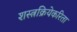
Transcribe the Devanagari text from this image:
शस्त्रक्रियेकरिता